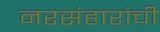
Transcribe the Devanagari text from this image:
नरसंहारांची